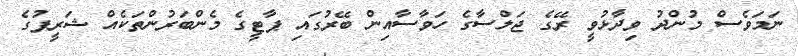
ނަމަވެސް މުންދު ވިދާޅުވީ ރޭގެ ޖަލްސާގެ ހަވާސާއިން ބޭރުގައި ޕާޓީގެ މެންބަރުންތަކެއް ޝަރީފުގެ